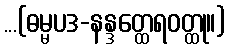
...(ဓမ္မပဒ-နန္ဒတ္ထေရဝတ္ထု။)